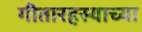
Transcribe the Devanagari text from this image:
गीतारहस्याच्या